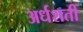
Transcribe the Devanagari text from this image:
अर्धशती